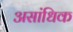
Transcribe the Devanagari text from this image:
असांधिक